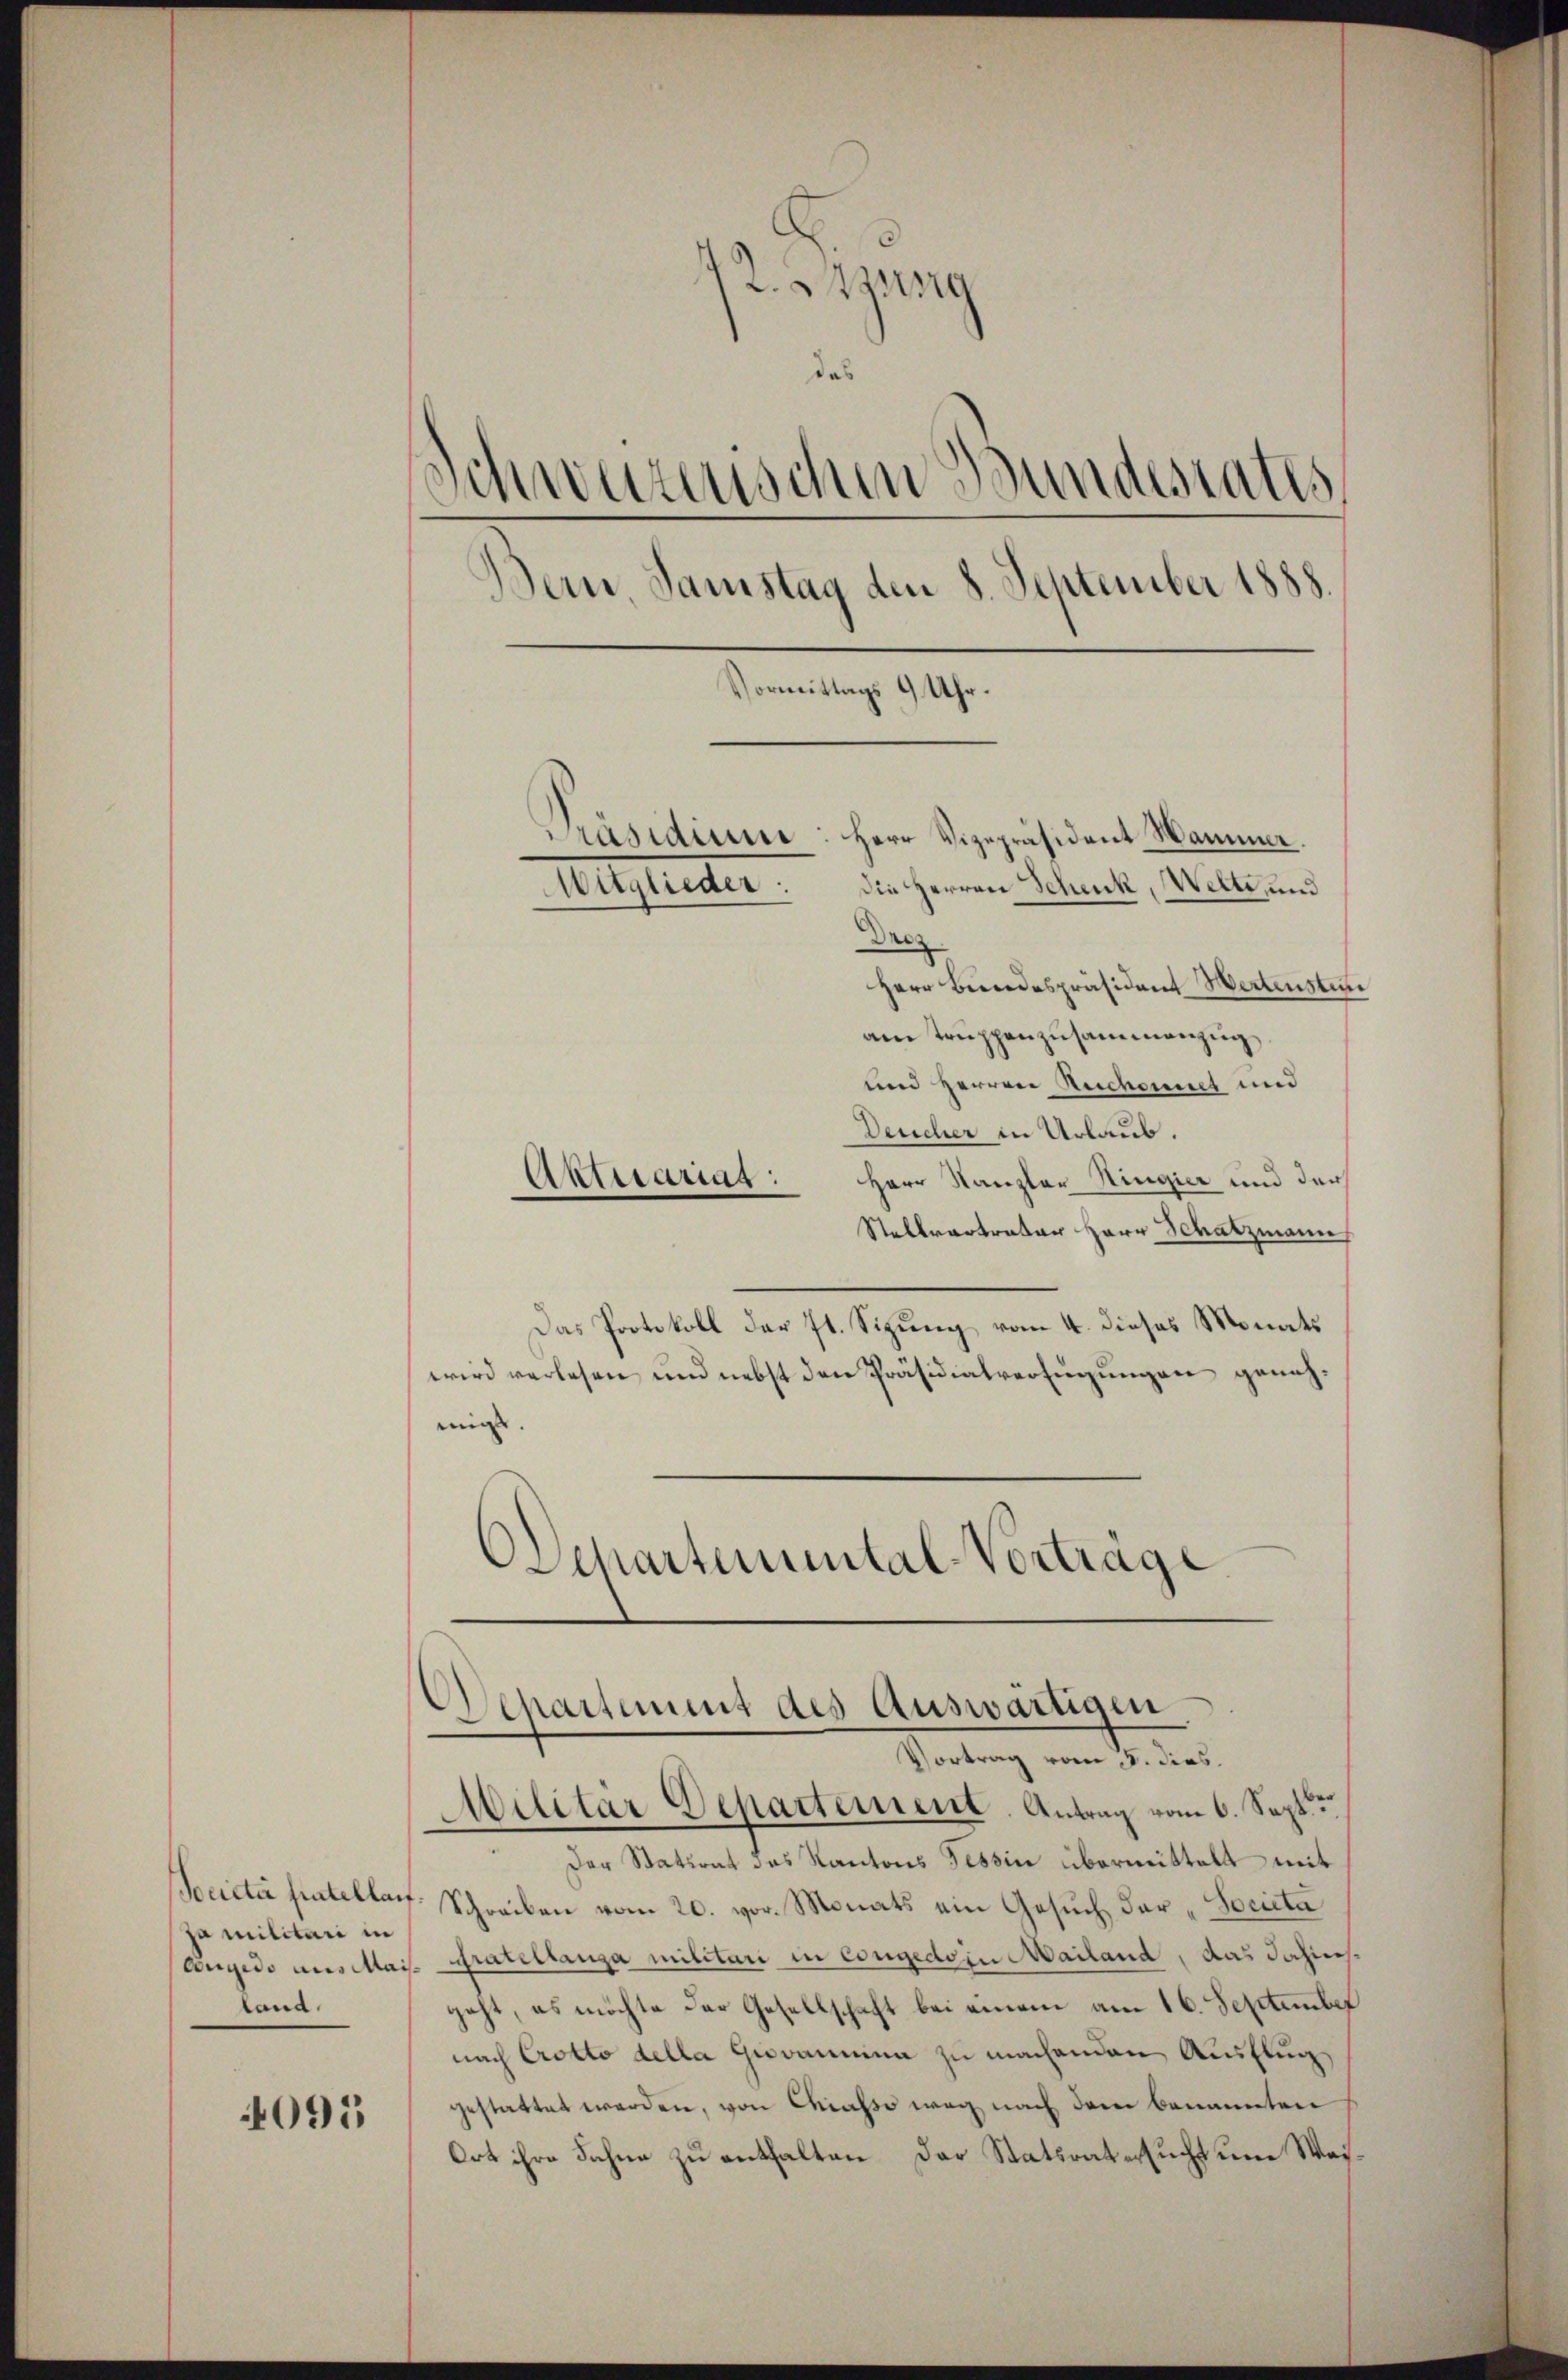
Societer hatellauf.
ja militari in
land.

4095

42. Jung
das
Schweizerischen Bundesrates
Bern, Samstag den 8. September 1888.
Vormittags 9 Uhr.
Präsidium: Herr Vizepräsident Hammer.
die Herren Schenk, Welte, und
Ausgleiter
Derz
Herr Bundespräsident Wertensten

am Truppenzusammenzug
und Herren Rechant und
Deucher in Urlaub.
Alterariat: Herr Kanzler Ringier und der
Stellvertraber Herr Schatzmann
Das Protokoll der ft. Sitzung vom 4. dieses Monats
wird verlesen und nebst den Präsidialverfügungen genehmin.
DDepartemental-Vorträge

Departement des Auswärtigen
Vortrag vom 5. dies
Ailitar Departement. Antrag vom 6. Sept.

Der Statirat das Kantons Tessin übermittelt mit
Schreiben vom 20. vor. Monats ein Gesŭch der "Societa
Aegido aus Mais. Gratiltanza militari in Congedein Mailand, das Jahresgeht, es möchte der Gesellschaft bei einem am 16. September
nach Crotto della Giovanna zu machenden Ausflug
gestattet werden, von Chiasso weg nach dem benannten
Ort ihre Fahne zu enthalten der Statsratersucht une Wei¬